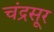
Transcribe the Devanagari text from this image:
चंद्रसूर